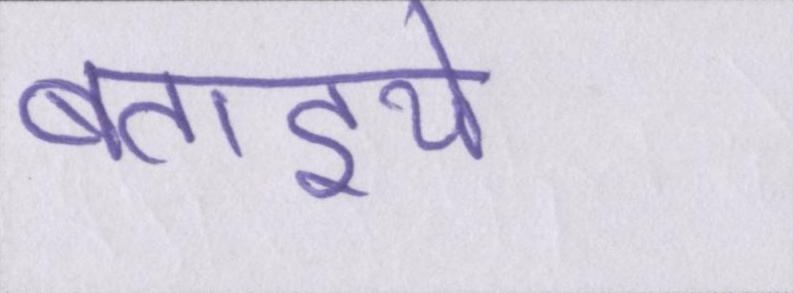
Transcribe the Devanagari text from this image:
बताइये